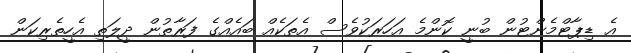
އެ ޑިޕާޓްމެންޓުން ބުނީ ކޮންމެ އަހަރަކުވެސް އެތަކެއް ބައެއްގެ ފަރާތުން ދީލަތި އެހީތެރިކަން